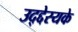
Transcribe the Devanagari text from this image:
उद्द्देस्यके